Medical and sanitary report of the native army of Madras for the year
Year: 1876
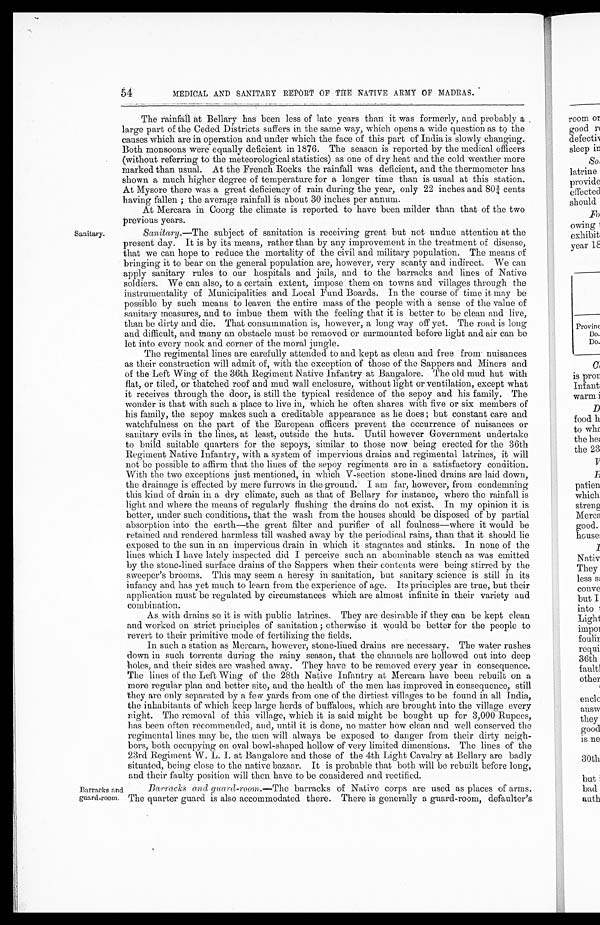
54
MEDICAL AND SANITARY REPORT OF THE NATIVE ARMY OF MADRAS.
Sanitary.
The rainfall at Bellary has been less of late years that it was formerly, and probably a
large part of the Ceded Districts suffers in the same way, which opens a wide question as to the
causes which are in operation and under which the face of this part of India is slowly changing.
Both monsoons were equally deficient in 1876. The season is reported by the medical officers
(without referring to the meteorological statistics) as one of dry heat and the cold weather more
marked than usual. At the French Rocks the rainfall was deficient, and the thermometer has
shown a much higher degree of temperature for a longer time than is usual at this station.
At Mysore there was a great deficiency of rain during the year, only 22 inches and 80¾ cents
having fallen ; the average rainfall is about 30 inches per annum.
At Mercara in Coorg the climate is reported to have been milder than that of the two
previous years.
Sanitary. —The subject of sanitation is receiving great but not undue attention at the
present day. It is by its means, rather than by any improvement in the treatment of disease,
that we can hope to reduce the mortality of the civil and military population. The means of
bringing it to bear on the general population are, however, very scanty and indirect. We can
apply sanitary rules to our hospitals and jails, and to the barracks and lines of Native
soldiers. We can also, to a certain extent, impose them on towns and villages through the
instrumentality of Municipalities and Local Fund Boards. In the course of time it may be
possible by such means to leaven the entire mass of the people with a sense of the value of
sanitary measures, and to imbue them with the feeling that it is better to be clean and live,
than be dirty and die. That consummation is, however, a long way off yet. The road is long
and difficult, and many an obstacle must be removed or surmounted before light and air can be
let into every nook and corner of the moral jungle.
The regimental lines are carefully attended to and kept as clean and free from nuisances
as their construction will admit of, with the exception of those of the Sappers and Miners and
of the Left Wing of the 36th Regiment Native Infantry at Bangalore. The old mud hut with
flat, or tiled, or thatched roof and mud wall enclosure, without light or ventilation, except what
it receives through the door, is still the typical residence of the sepoy and his family. The
wonder is that with such a place to live in, which he often shares with five or six members of
his family, the sepoy makes such a creditable appearance as he does ; but constant care and
watchfulness on the part of the European officers prevent the occurrence of nuisances or
sanitary evils in the lines, at least, outside the huts. Until however Government undertake
to build suitable quarters for the sepoys, similar to those now being erected for the 36th
Regiment Native Infantry, with a system of impervious drains and regimental latrines, it will
not be possible to affirm that the lines of the sepoy regiments are in a satisfactory condition.
With the two exceptions just mentioned, in which V-section stone-lined drains are laid down,
the drainage is effected by mere furrows in the ground. I am far, however, from condemning
this kind of drain in a dry climate, such as that of Bellary for instance, where the rainfall is
light and where the means of regularly flushing the drains do not exist. In my opinion it is
better, under such conditions, that the wash from the houses should be disposed of by partial
absorption into the earth—the great filter and purifier of all foulness—where it would be
retained and rendered harmless till washed away by the periodical rains, than that it should lie
exposed to the sun in an impervious drain in which it stagnates and stinks. In none of the
lines which I have lately inspected did I perceive such an abominable stench as was emitted
by the stone-lined surface drains of the Sappers when their contents were being stirred by the
sweeper's brooms. This may seem a heresy in sanitation, but sanitary science is still in its
infancy and has yet much to learn from the experience of age. Its principles are true, but their
application must be regulated by circumstances which are almost infinite in their variety and
combination.
As with drains so it is with public latrines. They are desirable if they can be kept clean
and worked on strict principles of sanitation ; otherwise it would be better for the people to
revert to their primitive mode of fertilizing the fields.
In such a station as Mercara, however, stone-lined drains are necessary. The water rushes
down in such torrents during the rainy season, that the channels are hollowed out into deep
holes, and their sides are washed away. They have to be removed every year in consequence.
The lines of the Left Wing of the 28th Native Infantry at Mercara have been rebuilt on a
more regular plan and better site, and the health of the men has improved in consequence, still
they are only separated by a few yards from one of the dirtiest villages to be found in all India,
the inhabitants of which keep large herds of buffaloes, which are brought into the village every
night. The removal of this village, which it is said might be bought up for 3,000 Rupees,
has been often recommended, and, until it is done, no matter how clean and well conserved the
regimental lines may be, the men will always be exposed to danger from their dirty neigh
- b o r s , b o t h o c c u p y i n g o n o v a l b o w l - s h a p e d h o l l o w o f v e r y l i m i t e d d i m e n s i o n s . T h e l i n e s o f t h e
23rd Regiment W . L. I. at Bangalore and those of the 4th Light Cavalry at Bellary are badly
situated, being close to the native bazaar. It is probable that both will be rebuilt before long,
and their faulty position will then have to be considered and rectified.
Barracks and
guard-room.
Barracks and guard-room. —The barracks of Native corps are used as places of arms.
The quarter guard is also accommodated there. There is generally a guard-room, defaulter's